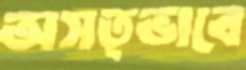
অসত্ভাবে